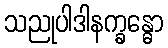
သညုပါဒါနက္ခန္ဓော